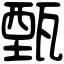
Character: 甄